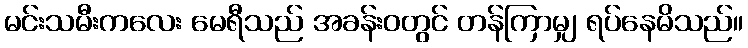
မင်းသမီးကလေး မေရီသည် အခန်းဝတွင် တန်ကြာမျှ ရပ်နေမိသည်။